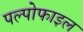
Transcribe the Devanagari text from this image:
पल्पोफाइल